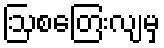
ဩစတြေးလျမှ